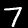
Digit: 7